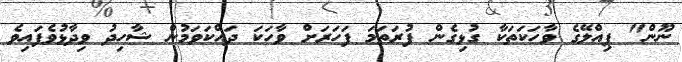
ނޫން" ޕިއްލޭގެ ވާހަކަތަކާ ގުޅިގެން ފުރަތަމަ ފަހަރަށް ވާހަކަ ދައްކަވަމުން ޝާހިދު ވިދާޅުވެފައިވެ